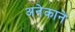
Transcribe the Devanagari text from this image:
अनेकाने